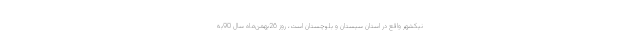
نیکشهر واقع در استان سیستان و بلوچستان است، روز 26بهمن‌ماه سال 90به